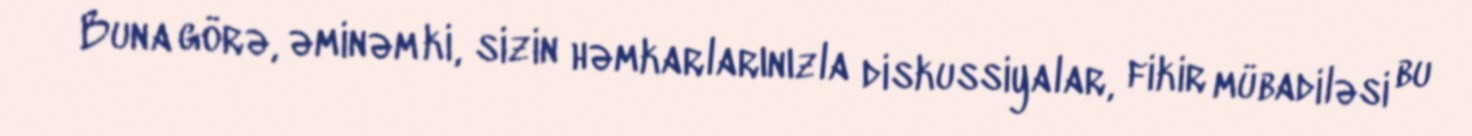
Buna görə, əminəm ki, sizin həmkarlarınızla diskussiyalar, fikir mübadiləsi bu